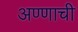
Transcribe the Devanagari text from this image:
अण्णाची